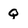
Character: Q